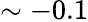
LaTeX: \sim-0.1